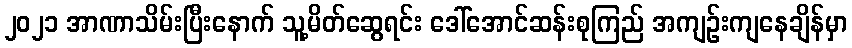
၂၀၂၁ အာဏာသိမ်းပြီးနောက် သူ့မိတ်ဆွေရင်း ဒေါ်အောင်ဆန်းစုကြည် အကျဉ်းကျနေချိန်မှာ